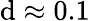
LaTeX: \mathrm{d}\approx0.1